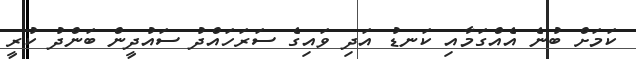
ކަމަށް ބުނެ އެއްގަމާއި ކަނޑު އަދި ވައިގެ ސަރަހައްދު ސައުދީން ބަންދު ކުރީ